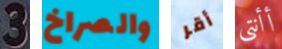
3 والصراخ أقر أأنتي